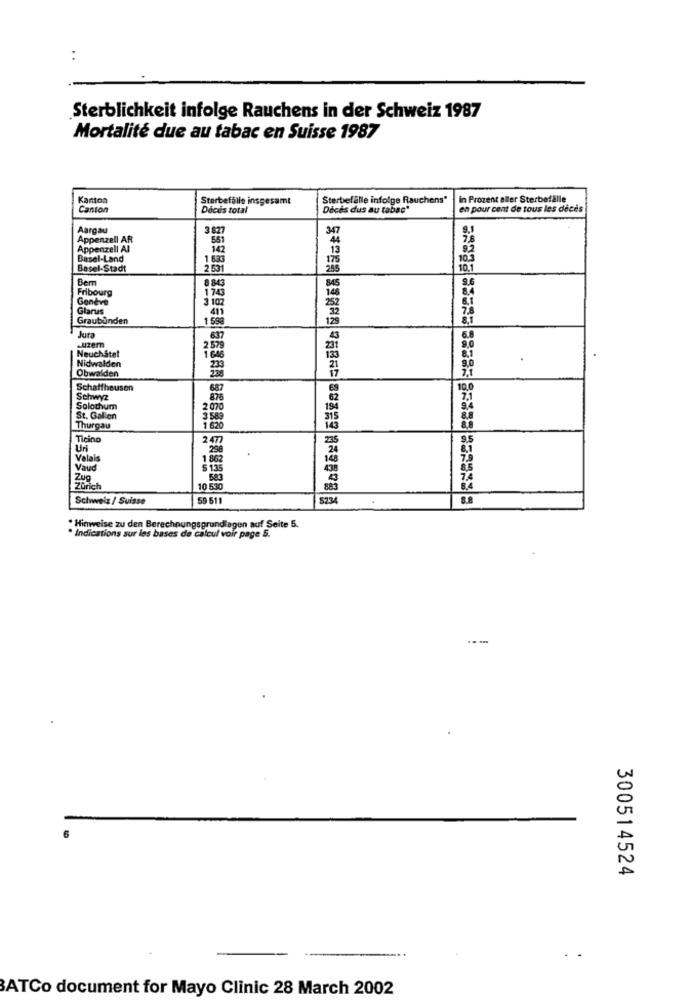
:
Sterblichkeit infolge Rauchens in der Schweiz 1987
Mortalité due au tabac en Suisse 1987
Kanton
Storbefalle insgesamt
Sterbefalle infolge Rauchens"
in Prozent aller Sterbefalle
Canton
Décès total
Décès dus au tabac"
en pour cent de tous les décès
Aargau
387
347
Appenzell AR
Appenzell Al
Basel-Land
105
Basel-Stadt
2 631
10.
Bem
884
Fribourg
1743
Genève
Glarus
3 102
Graubünden
1 598
Jura
637
Neuchâtel
-uzem
2579
.
Nidwalden
.
Obwalden
233
Schaffhausen
687
Schwyz
876
Solothum
2 070
St. Gallen
Thurgau
1 620
Ticino
2477
Valais
1 862
Vaud
5 135
Zug
Zurich
10 530
Schweiz / Suisse
59 511
5234
8.8
· Hinweise zu den Berechnungsgrundlagen auf Seite 5.
· Indications sur les bases de calcul voir page 5.
300514524
.
BATCo document for Mayo Clinic 28 March 2002